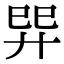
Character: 𢌴